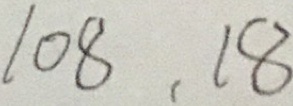
1 0 8 , 1 8